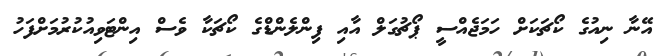
އޭނާ ނިއުގެ ކޯޗަކަށް ހަމަޖެއްސީ ޕޯޗުގަލް އާއި ފިންލެންޑްގެ ކޯޗަކާ ވެސް އިންޓަވިއުކުރުމަށްފަހު